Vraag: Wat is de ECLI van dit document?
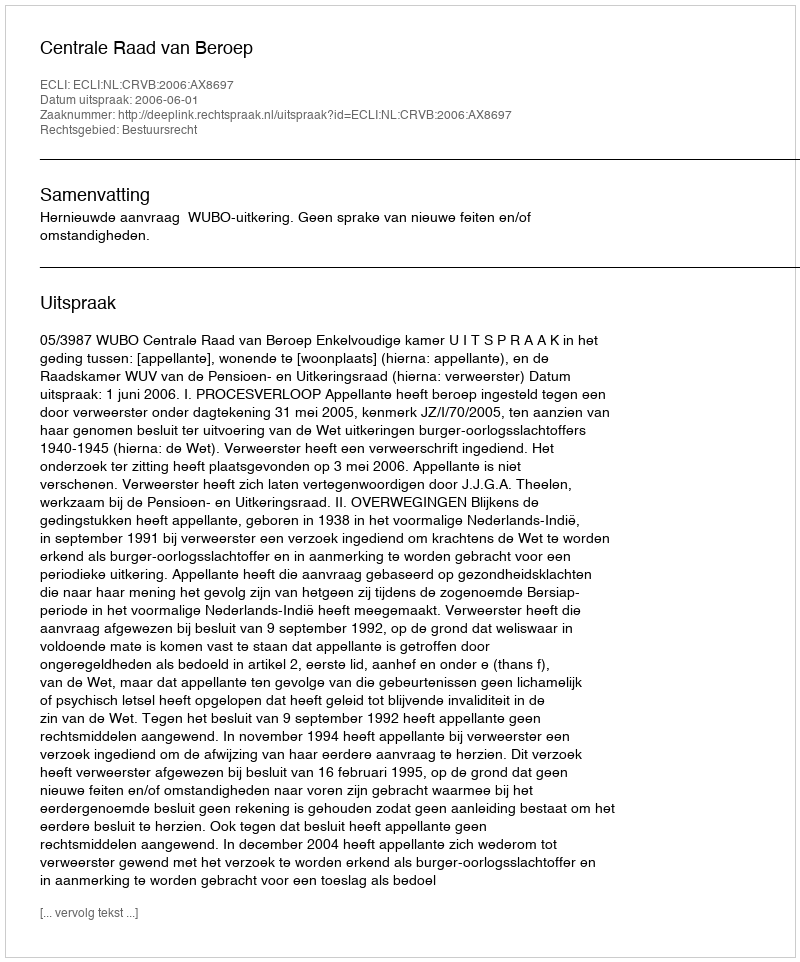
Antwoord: ECLI:NL:CRVB:2006:AX8697